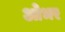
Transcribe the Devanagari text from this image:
ओभर